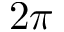
2 \pi